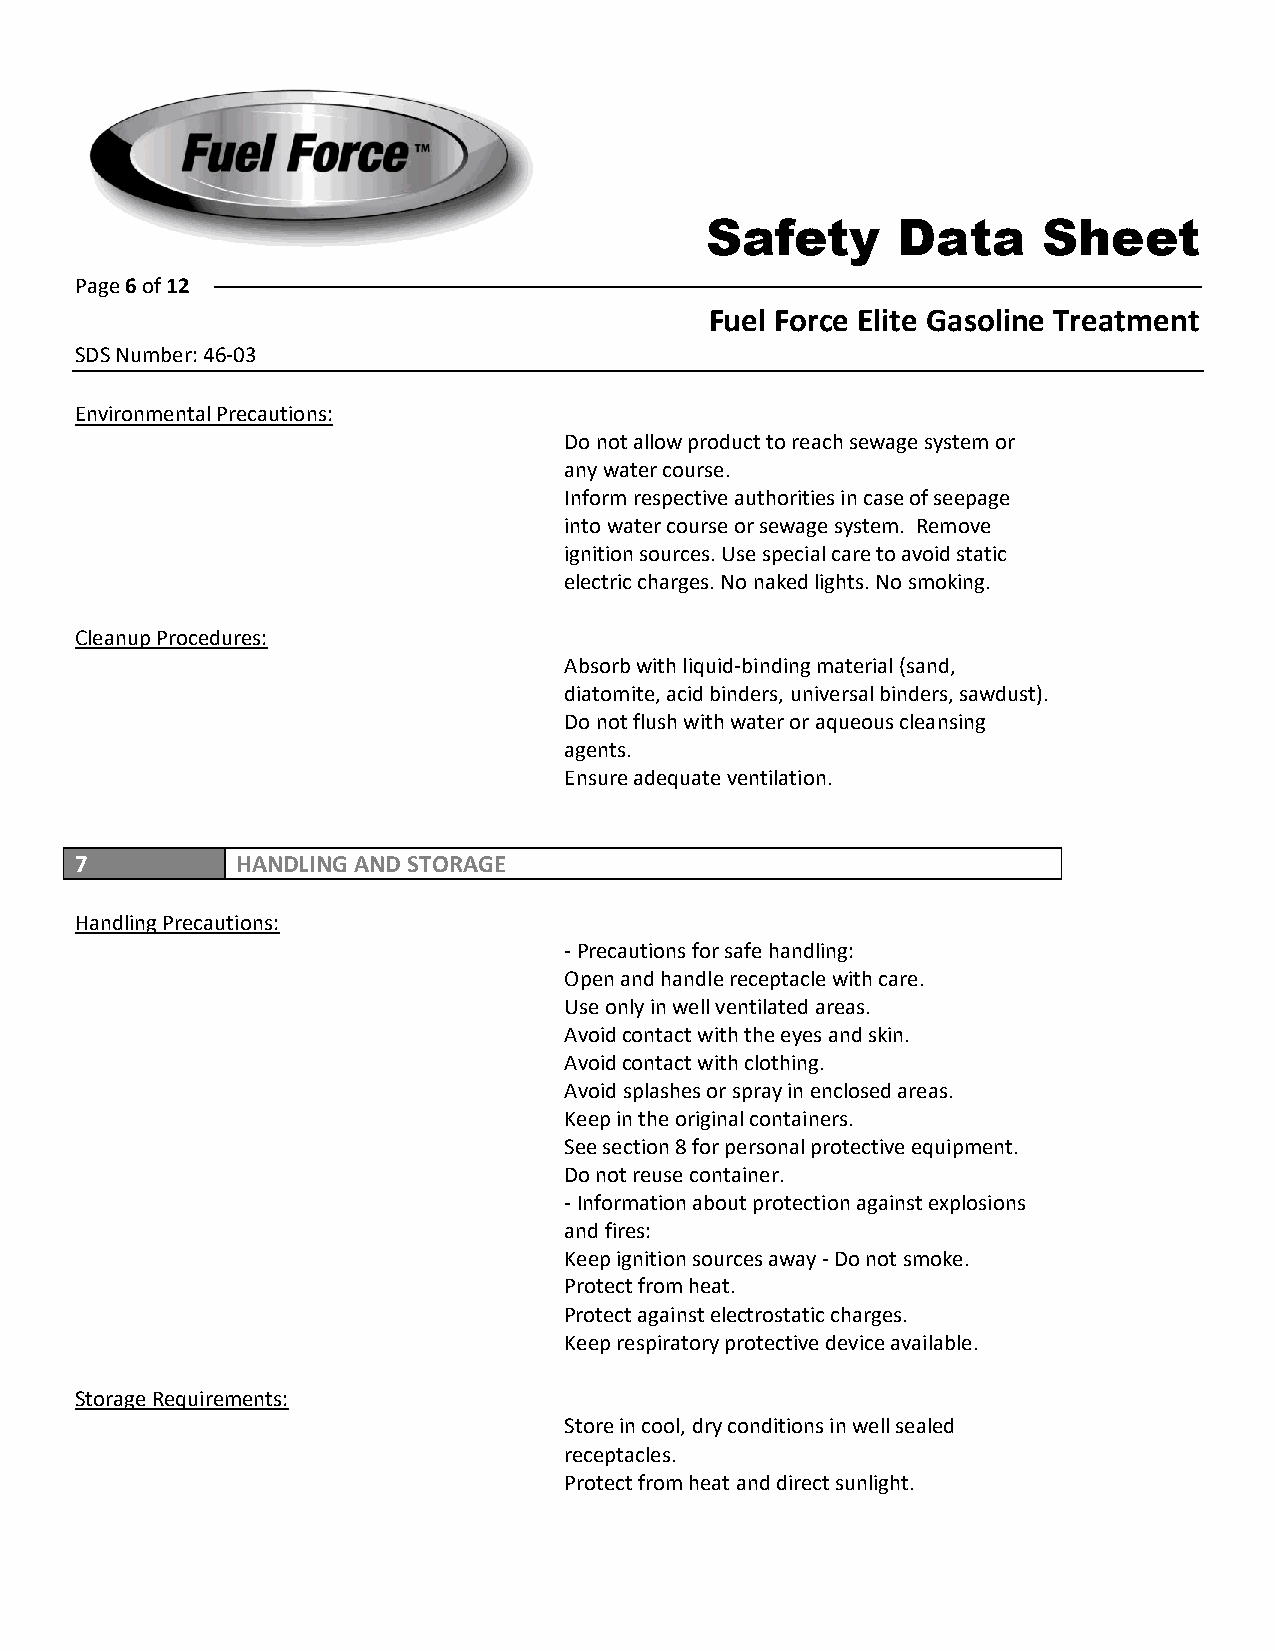
Safety      Data      Sheet
 Page 6 of 12
 Fuel Force Elite Gasoline Treatment
 SDS Number: 46-03
 Environmental Precautions:
 Do not allow product to reach sewage system or
 any water course.
 Inform respective authorities in case of seepage
 into water course or sewage system. Remove
 ignition sources. Use special care to avoid static
 electric charges. No naked lights. No smoking.
 Cleanup Procedures:
 Absorb with liquid-binding material (sand,
 diatomite, acid binders, universal binders, sawdust).
 Do not flush with water or aqueous cleansing
 agents.
 Ensure adequate ventilation.
 7          HANDLING AND STORAGE
 Handling Precautions:
 -Precautions for safe handling:
 Open and handle receptacle with care.
 Use only in well ventilated areas.
 Avoid contact with the eyes and skin.
 Avoid contact with clothing.
 Avoid splashes or spray in enclosed areas.
 Keep in the original containers.
 See section 8 for personal protective equipment.
 Do not reuse container.
 -Information about protection against explosions
 and fires:
 Keep ignition sources away - Do not smoke.
 Protect from heat.
 Protect against electrostatic charges.
 Keep respiratory protective device available.
 Storage Requirements:
 Store in cool, dry conditions in well sealed
 receptacles.
 Protect from heat and direct sunlight.